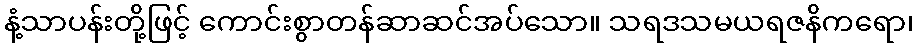
နံ့သာပန်းတို့ဖြင့် ကောင်းစွာတန်ဆာဆင်အပ်သော။ သရဒသမယရဇနိကရော၊